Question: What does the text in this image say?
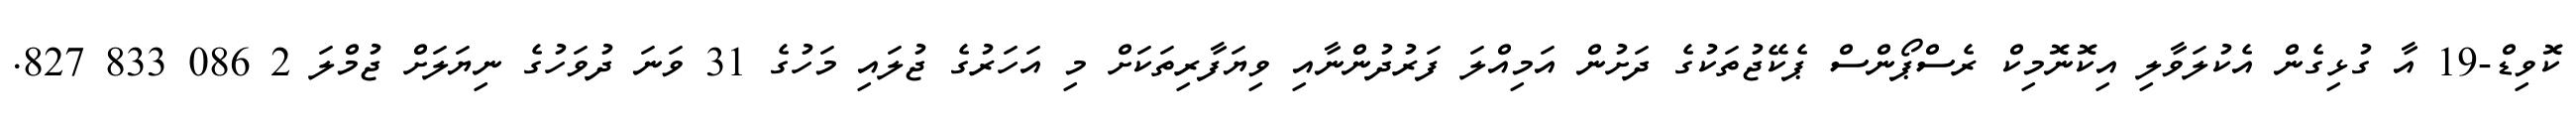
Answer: ކޮވިޑް-19 އާ ގުޅިގެން އެކުލަވާލި އިކޮނޮމިކް ރެސްޕޯންސް ޕެކޭޖުތަކުގެ ދަށުން އަމިއްލަ ފަރުދުންނާއި ވިޔަފާރިތަކަށް މި އަހަރުގެ ޖުލައި މަހުގެ 31 ވަނަ ދުވަހުގެ ނިޔަލަށް ޖުމްލަ 2 086 833 827.